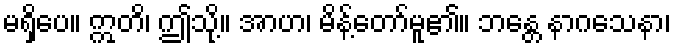
မရှိပေ။ ဣတိ၊ ဤသို့။ အာဟ၊ မိန့်တော်မူ၏။ ဘန္တေ နာဂသေနာ၊